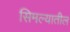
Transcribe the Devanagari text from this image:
सिमल्यातील